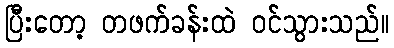
ပြီးတော့ တဖက်ခန်းထဲ ဝင်သွားသည်။